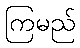
ကြမည်